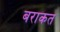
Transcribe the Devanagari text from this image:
बराकत